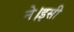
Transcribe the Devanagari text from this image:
ने।इसी